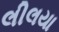
લીલયા